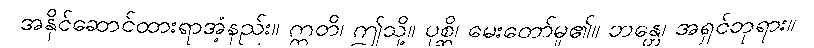
အနိုင်ဆောင်ထားရာအံ့နည်း။ ဣတိ၊ ဤသို့။ ပုစ္ဆိ၊ မေးတော်မူ၏။ ဘန္တေ၊ အရှင်ဘုရား။